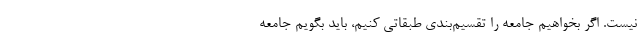
نیست. اگر بخواهیم جامعه را تقسیم‌بندی طبقاتی کنیم، باید بگویم جامعه